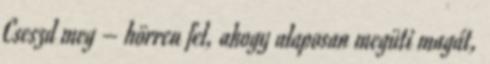
Cseszd meg – hörren fel, ahogy alaposan megüti magát,